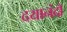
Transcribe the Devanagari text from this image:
दयानंदो